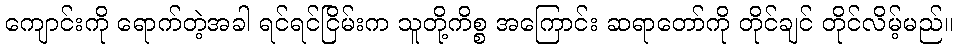
ကျောင်းကို ရောက်တဲ့အခါ ရင်ရင်ငြိမ်းက သူတို့ကိစ္စ အကြောင်း ဆရာတော်ကို တိုင်ချင် တိုင်လိမ့်မည်။